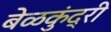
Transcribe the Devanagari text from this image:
बेळकुंद्री